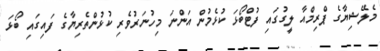
މެލޭޝިޔާގެ ޕްރިމްއާ ލީގުގައި ފުޓްބޯޅަ ކުޅެމުން އަންނަ މިހުނަރުވެރި ކުޅުންތެރިޔާގެ ފައިގައި ބޯޅަ